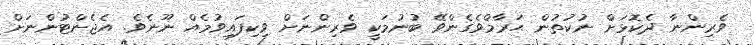
ވެރިންނާ ދެކޮޅަށް ނުކުތުން ޙަރާމްވެގެންވޭ ބުނުމަކީ ވެރިންނަށް ވިކިފައިވުމެއް ނޫނެވެ. އެޖެންޓުންނަށް